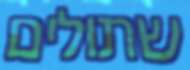
שתולים